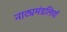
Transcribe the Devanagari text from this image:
नाट्यमंडलियाँ